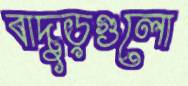
বাদুড়গুলো